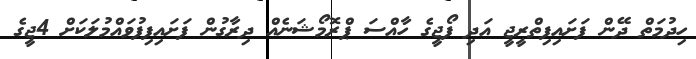
ހިދުމަތް ދޭން ފަށައިފިތްރީޖީ އަދި ފޯޖީގެ ހާއްސަ ޕްރޮމޯޝަނެއް ދިރާގުން ފަށައިފިފުވައްމުލަކަށް 4ޖީގެ